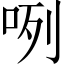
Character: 咧